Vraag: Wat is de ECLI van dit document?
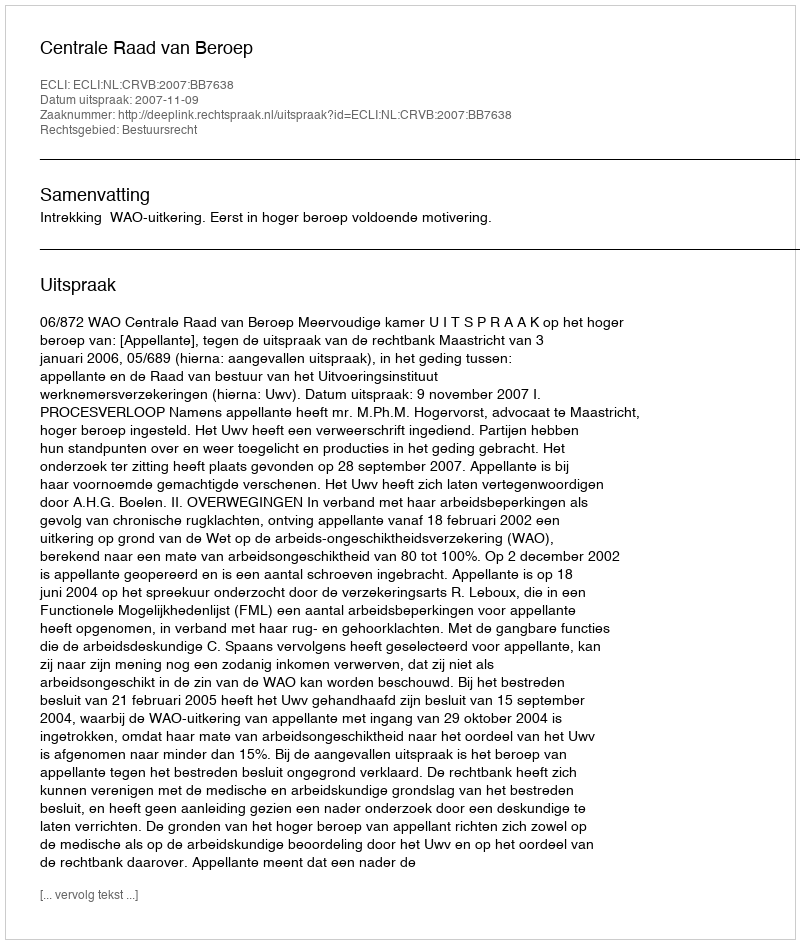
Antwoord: ECLI:NL:CRVB:2007:BB7638